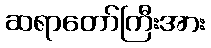
ဆရာတော်ကြီးအား